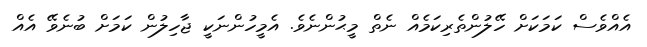
އެއްވެސް ކަމަކަށް ހޭލުންތެރިކަމެއް ނެތް މީޙުންނެވެ. އެމީހުންނަކީ ޖާހިލުން ކަމަށް ބުނެވޭ އެއް